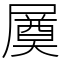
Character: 㞟